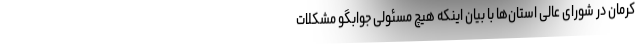
کرمان در شورای عالی استان‌ها با بیان اینکه هیچ مسئولی جوابگو مشکلات